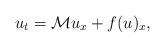
LaTeX: \begin{align*}u_t=\mathcal{M}u_x+f(u)_x,\end{align*}